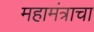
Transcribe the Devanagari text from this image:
महामंत्राचा